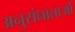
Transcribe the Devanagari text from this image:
अनुसंधाताओं